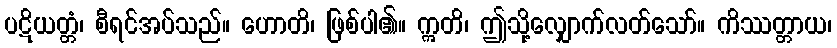
ပဋိယတ္တံ၊ စီရင်အပ်သည်။ ဟောတိ၊ ဖြစ်ပါ၏။ ဣတိ၊ ဤသို့လျှောက်လတ်သော်။ ကိဿတ္တာယ၊